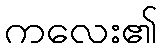
ကလေး၏